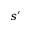
s \prime